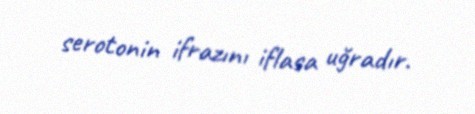
serotonin ifrazını iflasa uğradır.